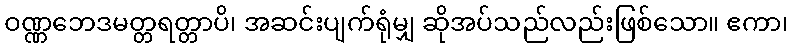
ဝဏ္ဏဘေဒမတ္တရတ္တာပိ၊ အဆင်းပျက်ရုံမျှ ဆိုအပ်သည်လည်းဖြစ်သော။ ဧကာ၊